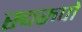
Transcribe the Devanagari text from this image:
स्वरुपो